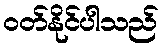
ဝတ်နိုင်ပါသည်